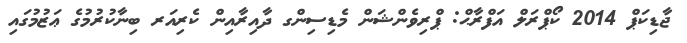
ޖާޑިކަޕް 2014 ކޯޕްރަލް އަފްރާޙް: ޕްރިވެންޝަން މެޑިސިންގ ދާއިރާއިން ކެރިއަރ ބިނާކުރުމުގެ ޢަޒުމުގައި